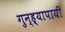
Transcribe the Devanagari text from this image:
गुन्ह्यापायी